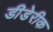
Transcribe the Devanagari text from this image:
डीडेरीक